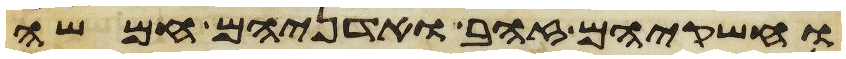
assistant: וחשקיהם זהב ואדניהם חמשה